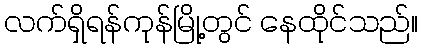
လက်ရှိရန်ကုန်မြို့တွင် နေထိုင်သည်။